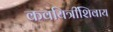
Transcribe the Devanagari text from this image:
कवयित्रींशिवाय